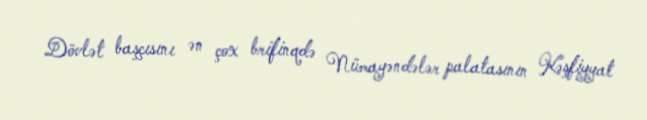
Dövlət başçısını ən çox brifinqdə Nümayəndələr palatasının Kəşfiyyat